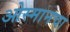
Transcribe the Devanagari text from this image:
ओस्मानचा